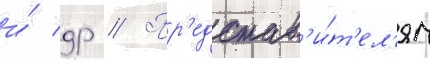
и́ др // Пр'едстав'и́т'ел'ям